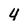
Character: 4